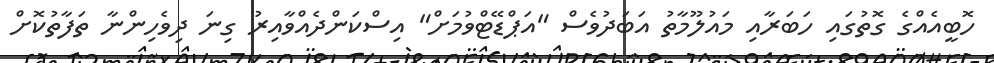
ހޮބީއެއްގެ ގޮތުގައި ހަބަރާއި މައުލޫމާތު އަބަދުވެސް "އަޕްޑޭޓްވުމަށް" އިސްކަންދެއްވާއިރު ގިނަ ދިވެހިންނާ ތަފާތުކޮށް